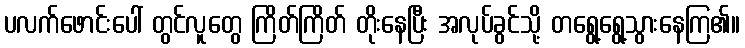
ပလက်ဖောင်းပေါ် တွင်လူတွေ ကြိတ်ကြိတ် တိုးနေပြီး အလုပ်ခွင်သို့ တရွေ့ရွေ့သွားနေကြ၏။